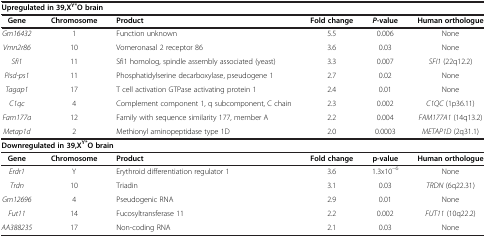
<table><thead><tr><td colspan="6"><b>Upregulated in 39,X<sup>Y*</sup>O brain</b></td></tr><tr><td><b>Gene</b></td><td><b>Chromosome</b></td><td><b>Product</b></td><td><b>Fold change</b></td><td><b><i>P</i>-value</b></td><td><b>Human orthologue</b></td></tr></thead><tbody><tr><td><i>Gm16432</i></td><td>1</td><td>Function unknown</td><td>5.5</td><td>0.006</td><td>None</td></tr><tr><td><i>Vmn2r86</i></td><td>10</td><td>Vomeronasal 2 receptor 86</td><td>3.6</td><td>0.03</td><td>None</td></tr><tr><td><i>Sfi1</i></td><td>11</td><td>Sfi1 homolog, spindle assembly associated (yeast)</td><td>3.3</td><td>0.007</td><td><i>SFI1</i> (22q12.2)</td></tr><tr><td><i>Pisd-ps1</i></td><td>11</td><td>Phosphatidylserine decarboxylase, pseudogene 1</td><td>2.7</td><td>0.02</td><td>None</td></tr><tr><td><i>Tagap1</i></td><td>17</td><td>T cell activation GTPase activating protein 1</td><td>2.4</td><td>0.01</td><td>None</td></tr><tr><td><i>C1qc</i></td><td>4</td><td>Complement component 1, q subcomponent, C chain</td><td>2.3</td><td>0.002</td><td><i>C1QC</i> (1p36.11)</td></tr><tr><td><i>Fam177a</i></td><td>12</td><td>Family with sequence similarity 177, member A</td><td>2.2</td><td>0.004</td><td><i>FAM177A1</i> (14q13.2)</td></tr><tr><td><i>Metap1d</i></td><td>2</td><td>Methionyl aminopeptidase type 1D</td><td>2.0</td><td>0.0003</td><td><i>METAP1D</i> (2q31.1)</td></tr><tr><td colspan="6"><b>Downregulated in 39,X</b><sup><b>Y*</b></sup><b>O brain</b></td></tr><tr><td><b>Gene</b></td><td><b>Chromosome</b></td><td><b>Product</b></td><td><b>Fold change</b></td><td><b>p-value</b></td><td><b>Human orthologue</b></td></tr><tr><td><i>Erdr1</i></td><td>Y</td><td>Erythroid differentiation regulator 1</td><td>3.6</td><td>1.3x10<sup>−6</sup></td><td>None</td></tr><tr><td><i>Trdn</i></td><td>10</td><td>Triadin</td><td>3.1</td><td>0.03</td><td><i>TRDN</i> (6q22.31)</td></tr><tr><td><i>Gm12696</i></td><td>4</td><td>Pseudogenic RNA</td><td>2.9</td><td>0.01</td><td>None</td></tr><tr><td><i>Fut11</i></td><td>14</td><td>Fucosyltransferase 11</td><td>2.2</td><td>0.002</td><td><i>FUT11</i> (10q22.2)</td></tr><tr><td><i>AA388235</i></td><td>17</td><td>Non-coding RNA</td><td>2.1</td><td>0.03</td><td>None</td></tr></tbody></table>